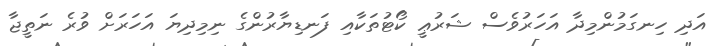
އަދި ހިނގަމުންމިދާ އަހަރުވެސް ޝަރުޢީ ކޯޓުތަކާއި ފަނޑިޔާރުންގެ ނިމިދިޔަ އަހަރަށް ވުރެ ނަތީޖާ